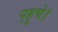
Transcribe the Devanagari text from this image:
प्‌हुचे।